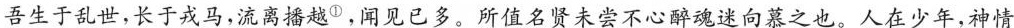
吾生于乱世，长于戎马，流离播越^{①}。闻见已多。所值名贤未尝不心醉魂迷向慕之也。人在少年，神情